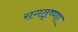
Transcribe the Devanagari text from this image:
रागतृष्णा